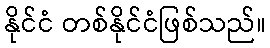
နိုင်ငံ တစ်နိုင်ငံဖြစ်သည်။